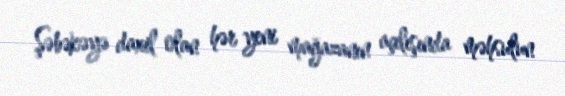
Şəbəkəyə daxil olan hər yeni mağazanın açılışında məhsulun